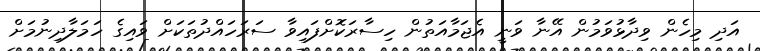
އަދި މިހެން ވިދާޅުވަމުން އޭނާ ވަނީ އެޖަމާއަތުން ހިސާރަކޮށްފައިވާ ސަރަހައްދުތަކަށް ވައިގެ ހަމަލާދިނުމަށް